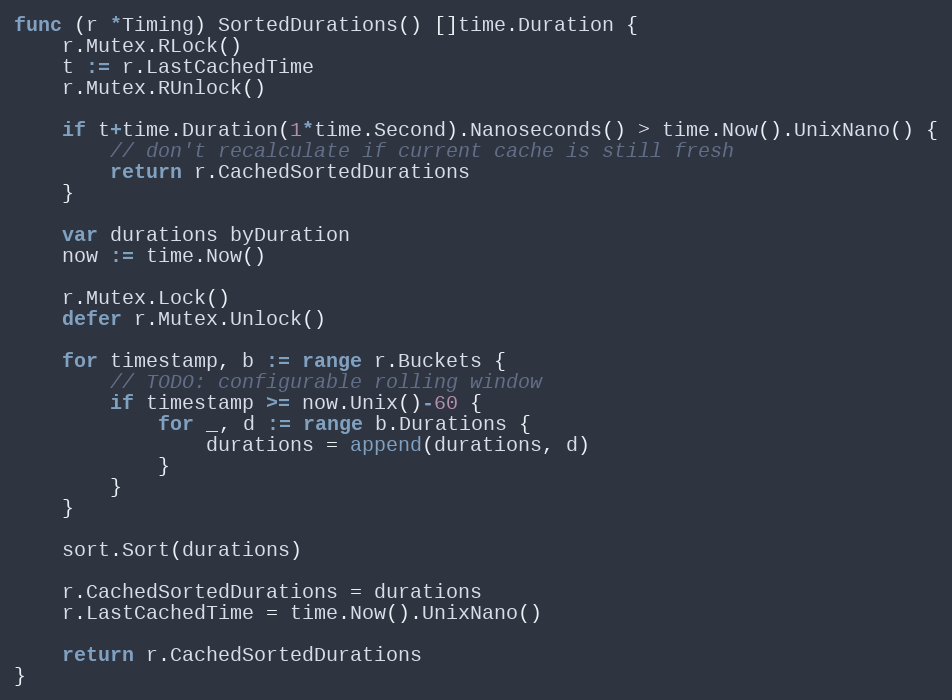
Language: Go
func (r *Timing) SortedDurations() []time.Duration {
	r.Mutex.RLock()
	t := r.LastCachedTime
	r.Mutex.RUnlock()

	if t+time.Duration(1*time.Second).Nanoseconds() > time.Now().UnixNano() {
		// don't recalculate if current cache is still fresh
		return r.CachedSortedDurations
	}

	var durations byDuration
	now := time.Now()

	r.Mutex.Lock()
	defer r.Mutex.Unlock()

	for timestamp, b := range r.Buckets {
		// TODO: configurable rolling window
		if timestamp >= now.Unix()-60 {
			for _, d := range b.Durations {
				durations = append(durations, d)
			}
		}
	}

	sort.Sort(durations)

	r.CachedSortedDurations = durations
	r.LastCachedTime = time.Now().UnixNano()

	return r.CachedSortedDurations
}